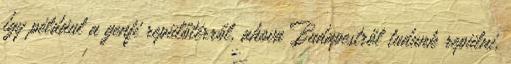
így például a genfi repülőtérről, ahova Budapestről tudunk repülni,